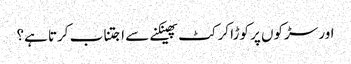
اور سڑکوں پر کوڑا کرکٹ پھینکنے سے اجتناب کرتا ہے؟